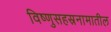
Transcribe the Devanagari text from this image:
विष्णुसहस्रनामातील